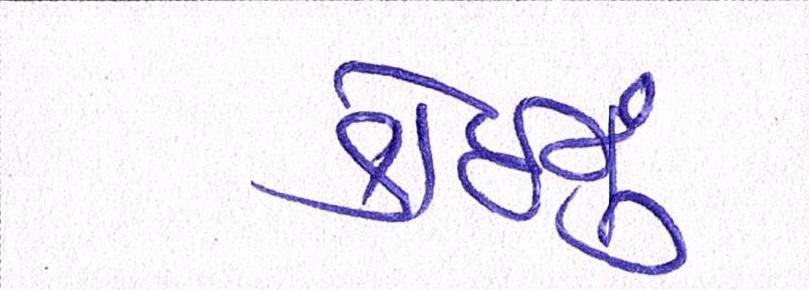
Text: કોઈનું